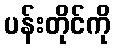
ပန်းတိုင်ကို